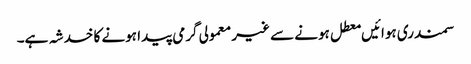
سمندری ہوائیں معطل ہونے سے غیر معمولی گرمی پیدا ہونے کا خدشہ ہے۔